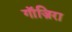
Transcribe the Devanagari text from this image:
गाॅज़िरा